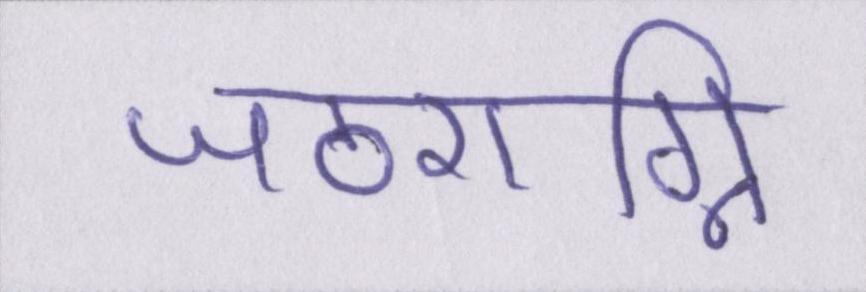
जठराग्नि